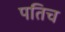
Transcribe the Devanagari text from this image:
पतिच